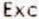
EXC